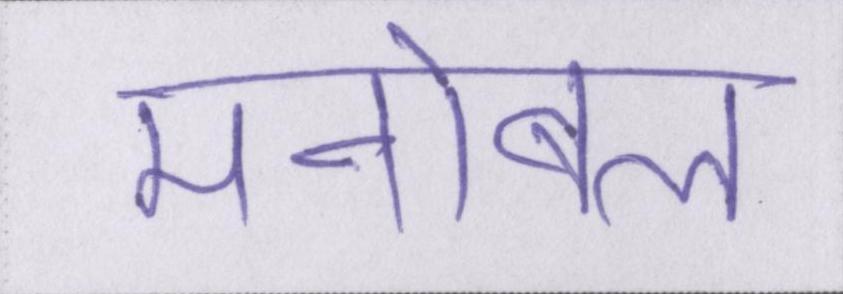
मनोबल